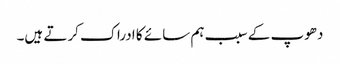
دھوپ کے سبب ہم سائے کا ادراک کرتے ہیں۔